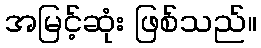
အမြင့်ဆုံး ဖြစ်သည်။